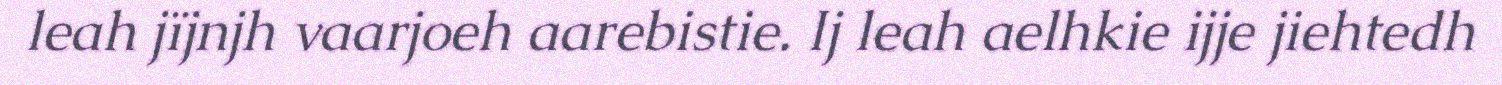
leah jïjnjh vaarjoeh aarebistie. Ij leah aelhkie ijje jiehtedh